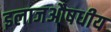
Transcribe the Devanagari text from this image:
इलाजऔषधीय